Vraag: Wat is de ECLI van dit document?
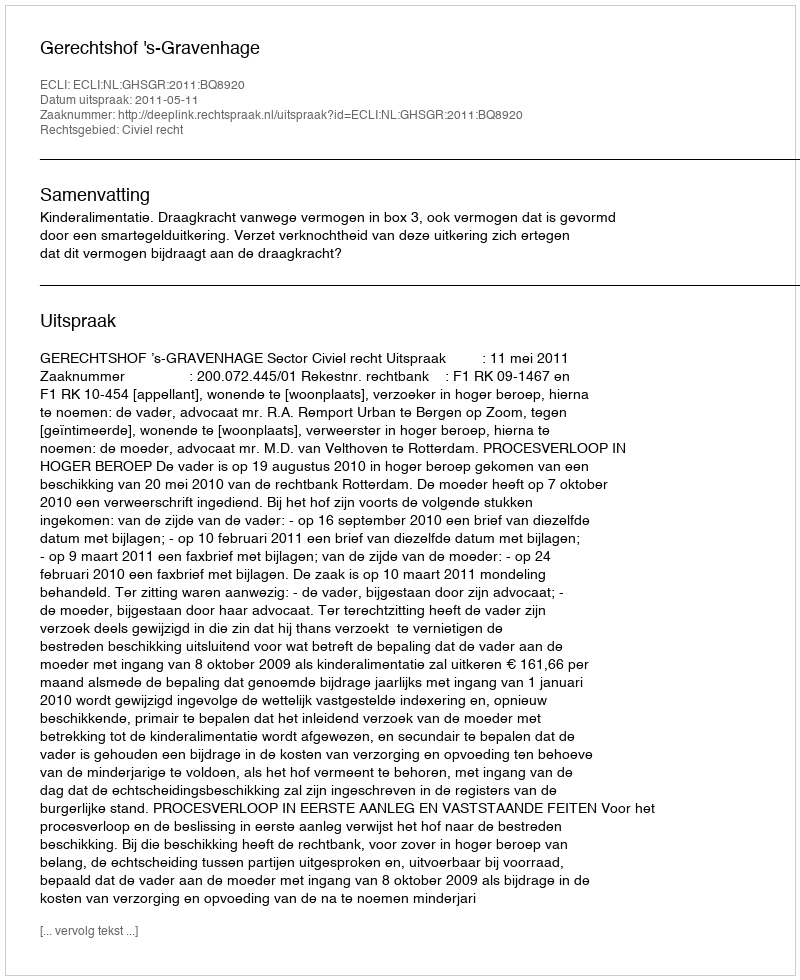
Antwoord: ECLI:NL:GHSGR:2011:BQ8920